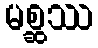
မစ္ဆဿ